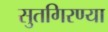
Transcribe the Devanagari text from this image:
सुतगिरण्या